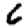
Digit: 6